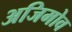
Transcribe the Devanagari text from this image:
अजिमोव